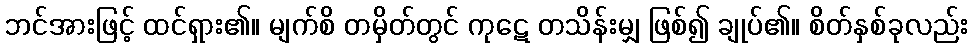
ဘင်အားဖြင့် ထင်ရှား၏။ မျက်စိ တမှိတ်တွင် ကုဋေ တသိန်းမျှ ဖြစ်၍ ချုပ်၏။ စိတ်နှစ်ခုလည်း